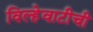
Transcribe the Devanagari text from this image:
विल्हेवाटीची